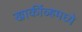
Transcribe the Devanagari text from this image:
खार्कीव्हमध्ये